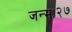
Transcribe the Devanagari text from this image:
जन्मः२७